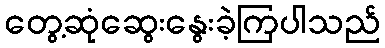
တွေ့ဆုံဆွေးနွေးခဲ့ကြပါသည်